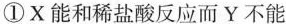
①X能和稀盐酸反应而Y不能